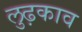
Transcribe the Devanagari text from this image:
लुढ़काव